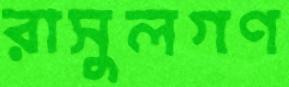
রাসুলগণ